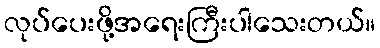
လုပ်ပေးဖို့အရေးကြီးပါသေးတယ်။